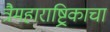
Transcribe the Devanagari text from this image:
त्रैमहाराष्ट्रिकाचा